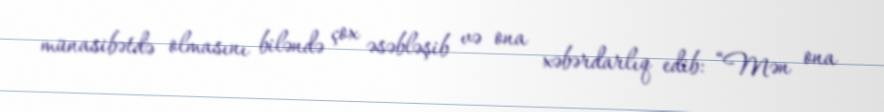
münasibətdə olmasını biləndə çox əsəbləşib və ona xəbərdarlıq edib: “Mən ona